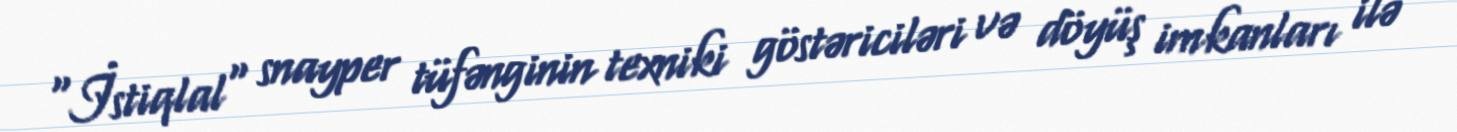
"İstiqlal" snayper tüfənginin texniki göstəriciləri və döyüş imkanları ilə